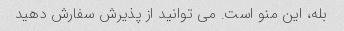
بله، این منو است. می توانید از پذیرش سفارش دهید